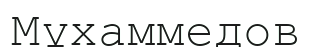
Мұхаммедов